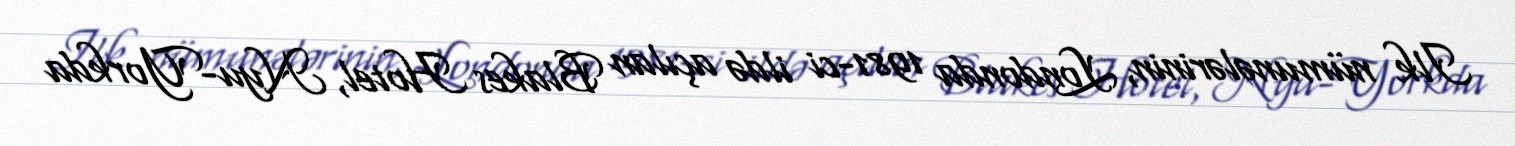
Ilk nümunələrinin, Londonda 1981-ci ildə açılan Blakes Hotel, Nyu-Yorkda